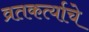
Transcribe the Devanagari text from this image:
व्रतकर्त्याचे